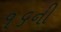
૧૬ની